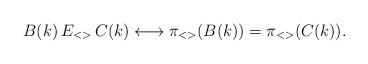
LaTeX: \begin{align*}B(k)\, E_{<>}\, C(k) \longleftrightarrow \pi_{<>}(B(k)) = \pi_{<>}(C(k)).\end{align*}